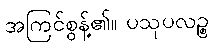
အကြင်စွန့်၏။ ပသုပလဉ္စ